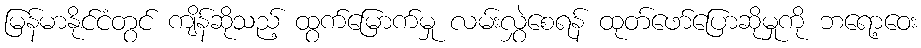
မြန်မာနိုင်ငံတွင် ကျိန်ဆိုသည့် ထွက်မြောက်မှု လမ်းလွှဲစေရန် ထုတ်ဖော်ပြောဆိုမှုကို ဘရော့ဝေး